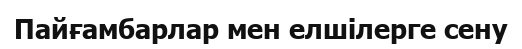
Пайғамбарлар мен елшілерге сену